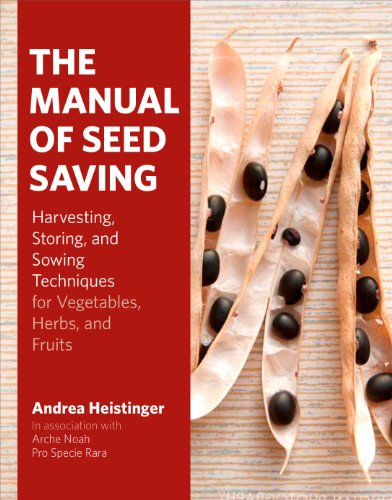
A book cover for The Manual of Seed Saving: Harvesting, Storing, and Sowing Techniques for Vegetables, Herbs, and Fruits; Andrea Heistinger; Crafts, Hobbies & Home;